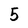
Character: 5